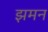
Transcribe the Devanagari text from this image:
झमन